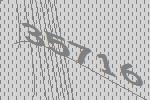
35716